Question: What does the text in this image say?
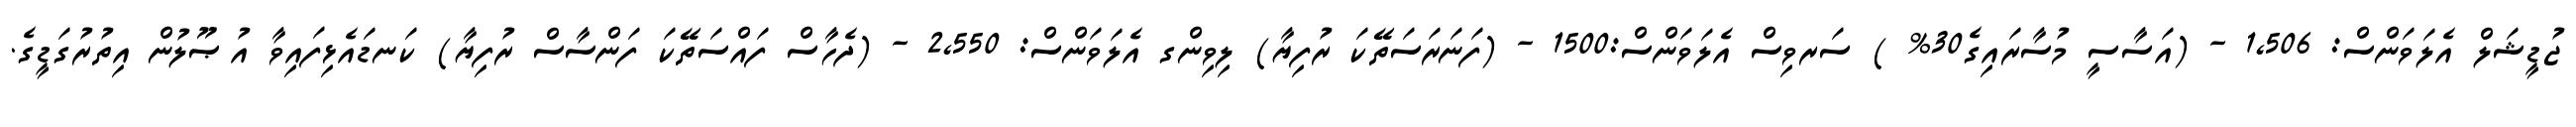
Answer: ޖުޑީޝަލް އެލަވަންސް: 1,506 - (އަސާސީ މުސާރައިގެ30% ) ސަރވިސް އެލަވަންސް:1500 - (ފަނަރަސަތޭކަ ރުފިޔާ) ލިވިންގ އެލަވަންސް: 2,550 - (ދެހާސް ފައްސަތޭކަ ފަންސާސް ރުފިޔާ) ކަނޑައެޅިފައިވާ އުޞޫލުން އިތުރުގަޑީގެ.